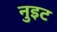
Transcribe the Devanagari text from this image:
नुइट